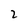
Character: 2